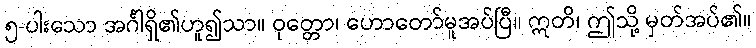
၅-ပါးသော အင်္ဂါရှိ၏ဟူ၍သာ။ ဝုတ္တော၊ ဟောတော်မူအပ်ပြီ။ ဣတိ၊ ဤသို့ မှတ်အပ်၏။